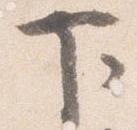
下